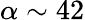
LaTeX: \alpha\sim 42